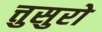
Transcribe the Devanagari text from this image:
त्तुसुरो